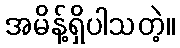
အမိန့်ရှိပါသတဲ့။